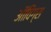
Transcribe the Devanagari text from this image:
ऑविंग्स